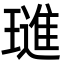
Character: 璡